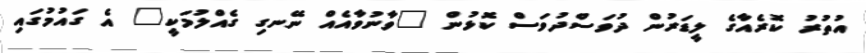
އުތުރު ކޮރެއާގެ ލީޑަރުން ދުވަސްދުވަސް ކޮޅުން "ވާނުވާއެއް ނޭނގި ގެއްލުމަކީ" އެ ގައުމުގައި